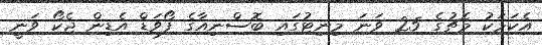
އެކަމަކު މެޗުގެ 25 ވަނަ މިނިޓުގައި ބޮސްނިއާގެ ފޯވަޑް އެޑިން ޖެކޯ ވަނީ